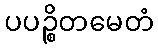
ပပဉ္စိတမေတံ